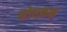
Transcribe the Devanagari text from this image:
शोधकक्ष